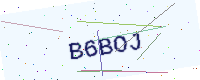
Text: B6BOJ